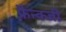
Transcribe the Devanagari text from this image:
फ्रैन्क्जी